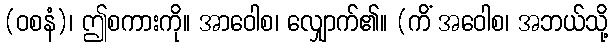
(ဝစနံ)၊ ဤစကားကို။ အာဝေါစ၊ လျှောက်၏။ (ကိံ အဝေါစ၊ အဘယ်သို့